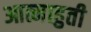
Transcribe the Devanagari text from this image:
आत्माहुती